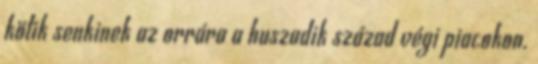
kötik senkinek az orrára a huszadik század végi piacokon.